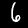
Digit: 6